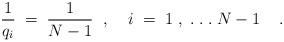
LaTeX: \begin{align*}\frac{1}{q_i} \; = \; \frac{1}{N-1} \; \; , \; \; \; \; i \; = \; 1 \; , \;. \; . \; . \; N-1 \; \; \; \; .\end{align*}